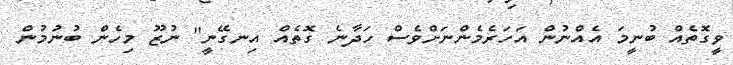
ވީގޮތެއް ބުނީމަ އެއްނުން އަހަރެމެންނަށްވެސް ހަދާނެ ގޮތެއް އިނގޭނީ" ނުޒޫ މިހެން ބުނުމުން